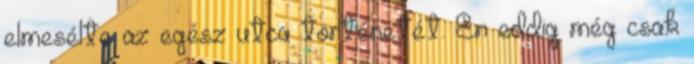
elmesélte az egész utca történetét. Én eddig még csak